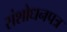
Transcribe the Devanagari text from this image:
संशोधनपत्र